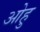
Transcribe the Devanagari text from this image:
ओहु